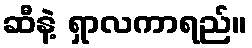
ဆီနဲ့ ရှာလကာရည်။